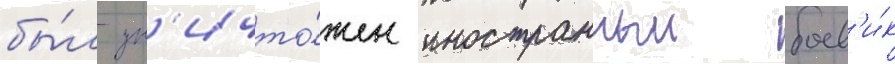
бы́л ун'ичто́жен иностранныи боев'и́к